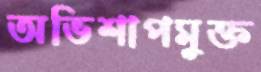
অভিশাপমুক্ত